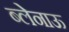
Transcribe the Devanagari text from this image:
ब्लेनाऊ